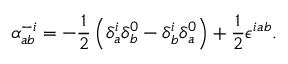
\alpha _ { a b } ^ { - i } = - \frac { 1 } { 2 } \left( \delta _ { a } ^ { i } \delta _ { b } ^ { 0 } - \delta _ { b } ^ { i } \delta _ { a } ^ { 0 } \right) + \frac { 1 } { 2 } \epsilon ^ { i a b } .